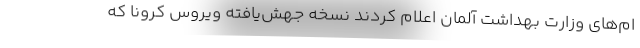
ام‌های وزارت بهداشت آلمان اعلام کردند نسخه جهش‌یافته ویروس کرونا که